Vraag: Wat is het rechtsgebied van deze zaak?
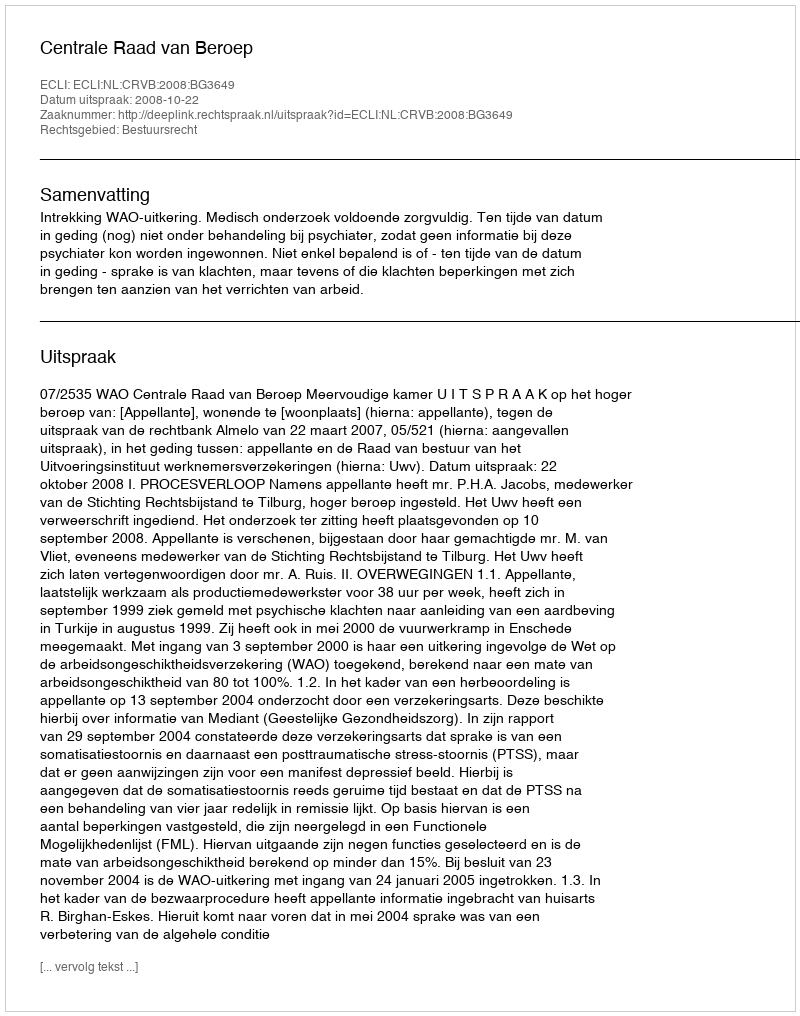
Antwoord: Bestuursrecht